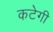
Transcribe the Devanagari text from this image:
कटेगी